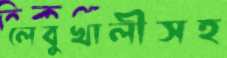
লেবুখালীসহ